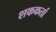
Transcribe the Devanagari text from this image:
शककर्ता